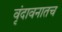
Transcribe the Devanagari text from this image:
वृंदावनातच